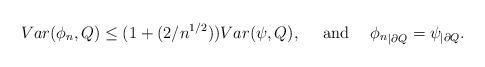
LaTeX: \begin{align*}Var(\phi_n,Q)\leq(1+(2/n^{1/2}))Var(\psi,Q),\quad\mbox{ and \quad${\phi_n}_{|\partial Q}={\psi}_{|\partial Q}$.}\end{align*}